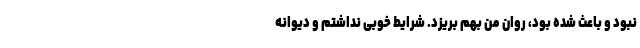
نبود و باعث شده بود، روان من بهم بریزد. شرایط خوبی نداشتم و دیوانه